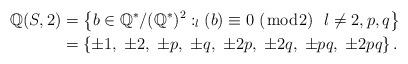
LaTeX: \begin{align*}\mathbb{Q}(S,2)&=\left\{b\in\mathbb{Q}^*/(\mathbb{Q}^*)^2 :_l(b)\equiv 0 ~(\bmod {2}) ~ ~ l\neq 2, p,q\right\}\\&=\left\{\pm 1,\; \pm 2, \;\pm p, \;\pm q, \;\pm 2p, \;\pm 2q, \;\pm pq, \;\pm 2pq \right\}.\end{align*}